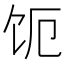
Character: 𬲩